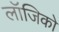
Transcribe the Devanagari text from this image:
लॉजिको